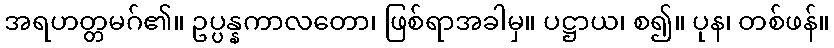
အရဟတ္တမဂ်၏။ ဥပ္ပန္နကာလတော၊ ဖြစ်ရာအခါမှ။ ပဋ္ဌာယ၊ စ၍။ ပုန၊ တစ်ဖန်။